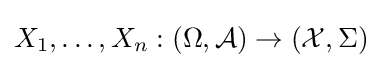
X_{1},\dots ,X_{n}:(\Omega ,{\mathcal {A}})\to ({\mathcal {X}},\Sigma )